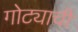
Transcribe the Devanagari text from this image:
गोट्याची